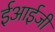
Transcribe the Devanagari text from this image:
ईआईजी